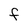
Character: f